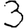
Digit: 3